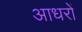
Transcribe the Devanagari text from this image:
आधरों